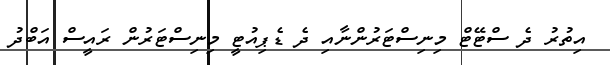
އިތުރު ދެ ސްޓޭޓް މިނިސްޓަރުންނާއި ދެ ޑެޕިއުޓީ މިނިސްޓަރުން ރައީސް އަބްދު